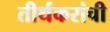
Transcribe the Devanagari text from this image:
तीर्थकरांची